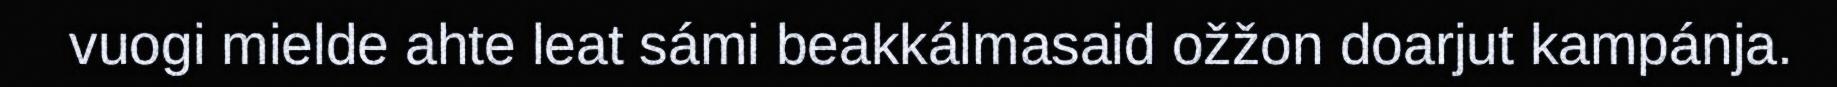
vuogi mielde ahte leat sámi beakkálmasaid ožžon doarjut kampánja.